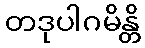
တဒုပါဂမိန္တိ